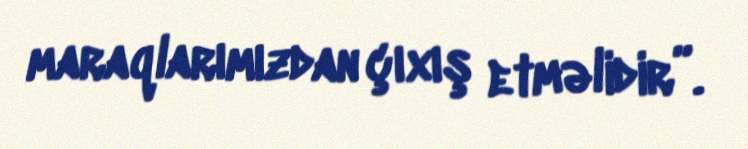
maraqlarımızdan çıxış etməlidir”.